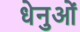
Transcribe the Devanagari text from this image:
धेनुओं